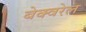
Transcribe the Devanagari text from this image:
बेक्वरेल